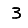
Digit: 3